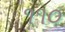
૧૧૦